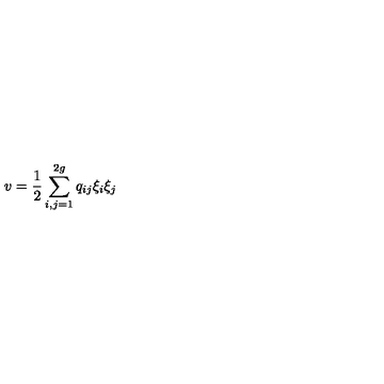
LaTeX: v = \frac { 1 } { 2 } \sum _ { i , j = 1 } ^ { 2 g } q _ { i j } \xi _ { i } \xi _ { j }